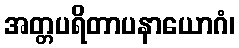
အတ္တပရိတာပနာယောဂံ၊